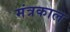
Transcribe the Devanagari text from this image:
मंत्रकाल